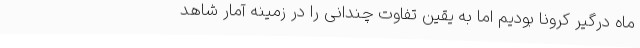
ماه درگیر کرونا بودیم اما به یقین تفاوت چندانی را در زمینه آمار شاهد